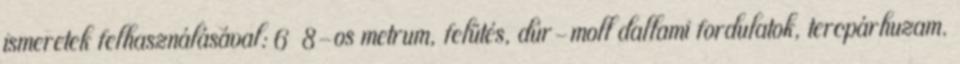
ismeretek felhasználásával: 6 8-os metrum, felütés, dúr-moll dallami fordulatok, tercpárhuzam.